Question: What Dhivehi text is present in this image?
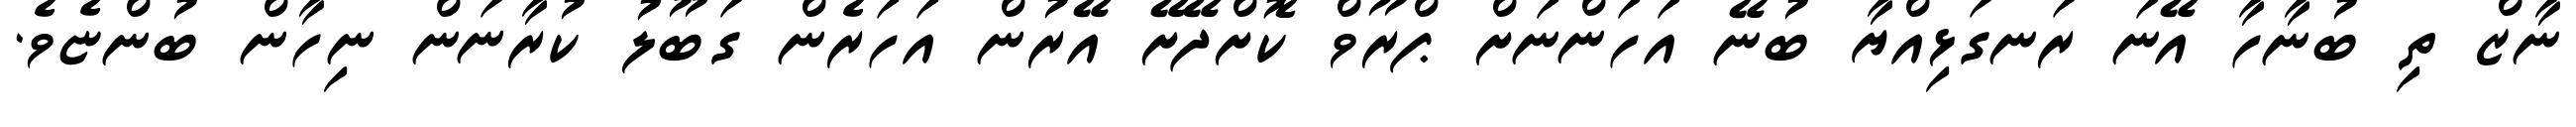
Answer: ނާޒް ތި ބުނާހާ އޭނަ ރަނގަޅިއްޔާ ބުނޭ އަހަންނަށް ޕްރޫވް ކޮށްދޭށޭ އޭރުން އަހަރެން ގަބޫލު ކުރާނަން ނިހާން ބުންޏެވެ.